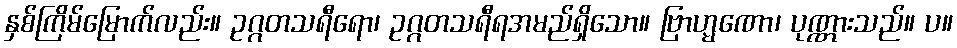
နှစ်ကြိမ်မြောက်လည်း။ ဥဂ္ဂတသရီရော၊ ဥဂ္ဂတသရီရအမည်ရှိသော။ ဗြာဟ္မဏော၊ ပုဏ္ဏားသည်။ ပ။